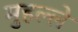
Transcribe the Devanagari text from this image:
मुहल्‍ले